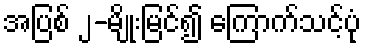
အပြစ် ၂-မျိုးမြင်၍ ကြောက်သင့်ပုံ